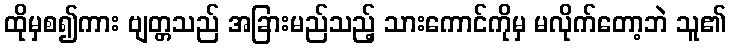
ထိုမှစ၍ကား ဗျတ္တသည် အခြားမည်သည့် သားကောင်ကိုမှ မလိုက်တော့ဘဲ သူ၏